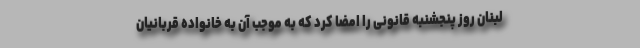
لبنان روز پنجشنبه قانونی را امضا کرد که به موجب آن به خانواده قربانیان